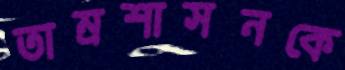
তাম্রশাসনকে